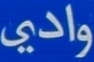
وادي